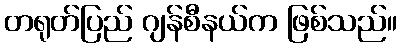
တရုတ်ပြည် ဂျန်စီနယ်က ဖြစ်သည်။